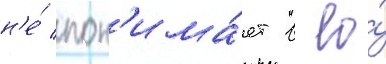
н'е́ пон'има́ет в ео́